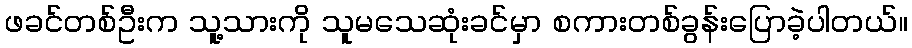
ဖခင်တစ်ဦးက သူ့သားကို သူမသေဆုံးခင်မှာ စကားတစ်ခွန်းပြောခဲ့ပါတယ်။